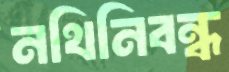
নথিনিবন্ধ